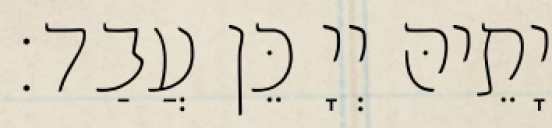
יָתֵיהּ יְיָ כֵּן עֲבַד׃